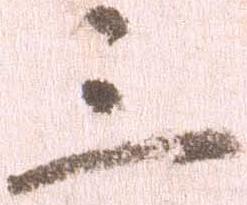
三